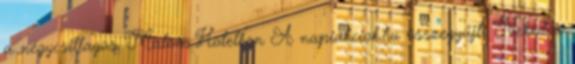
a négycsillagos Malom Hotelben A napiakciok.hu összegyűjti Neked a